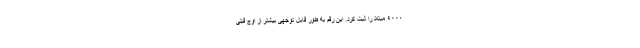
۹۰۰۰ مبتلا را ثبت کرد. این رقم به طور قابل توجهی بیشتر از اوج قبلی